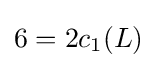
6=2c_{1}(L)